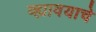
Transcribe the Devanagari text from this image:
व्ह्यावयाचे